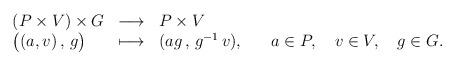
LaTeX: \begin{align*}\begin{array}{lcl} (P \times V) \times G & \longrightarrow & P \times V \\ \big( (a,v) \, , \, g \big) & \longmapsto & (ag \, , \, g^{-1} \, v), \hspace{0.7cm} a \in P, \quad v \in V, \quad g \in G.\end{array}\end{align*}